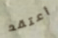
أعتقد